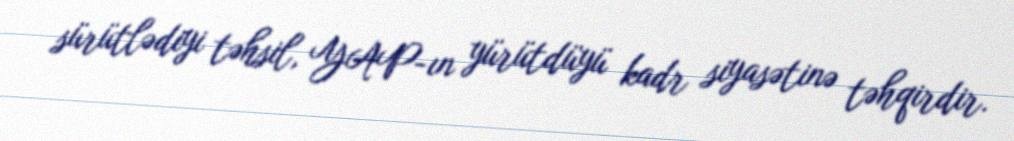
sürütlədiyi təhsil, YAP-ın yürütdüyü kadr siyasətinə təhqirdir.